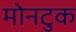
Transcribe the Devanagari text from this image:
मोनटुक